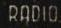
RADIO